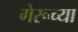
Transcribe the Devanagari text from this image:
गेरूच्या